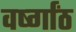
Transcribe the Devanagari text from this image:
वर्ष्गांठ